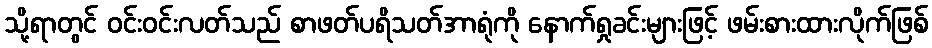
သို့ရာတွင် ဝင်းဝင်းလတ်သည် စာဖတ်ပရိသတ်အာရုံကို နောက်ရှုခင်းများဖြင့် ဖမ်းစားထားလိုက်ဖြစ်